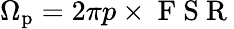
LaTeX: \Omega_{\mathrm{p}}=2\pi p\times\mathrm{~F~S~R~}